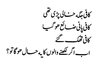
کافی جگه خالی پڑی تھی
کافی پانی ضائع هو گیا
کافی تھک گئے
اب اگر لکھنے والوں کا یه حال هو گا تو ؟